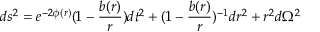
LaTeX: d s ^ { 2 } = e ^ { - 2 \phi ( r ) } ( 1 - \frac { b ( r ) } { r } ) d t ^ { 2 } + ( 1 - \frac { b ( r ) } { r } ) ^ { - 1 } d r ^ { 2 } + r ^ { 2 } d \Omega ^ { 2 }